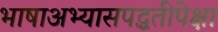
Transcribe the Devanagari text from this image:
भाषाअभ्यासपद्धतीपेक्षा